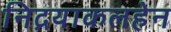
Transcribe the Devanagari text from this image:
निद्रयाकलहेन